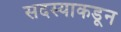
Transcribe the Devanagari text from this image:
सदस्याकडून